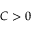
C > 0